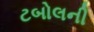
ટબોલની